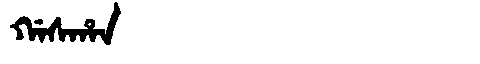
Manchu: ᡤᠠᠰᡥᠠᠨ
Romanization: GASHAN